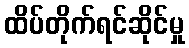
ထိပ်တိုက်ရင်ဆိုင်မှု